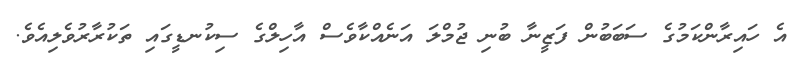
އެ ހައިރާންކަމުގެ ސަބަބުން ފަޒީނާ ބުނި ޖުމްލަ އަނެއްކާވެސް އާހިލްގެ ސިކުނޑީގައި ތަކުރާރުވެލިއެވެ.